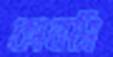
কানসি